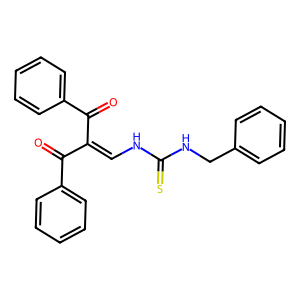
SMILES: O=C(C(=CNC(=S)NCc1ccccc1)C(=O)c1ccccc1)c1ccccc1
Inhibits HIV replication: No